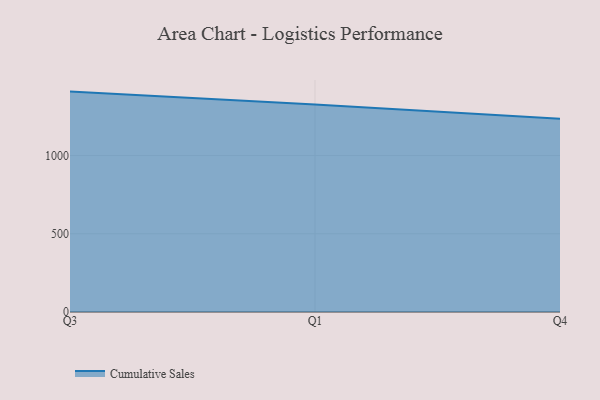
{"axis": {"x": "Quarter", "y": "Backlog"}, "legend": ["Cumulative Sales"], "data": [{"x": "Q3", "y": 1408.7, "type": "Cumulative Sales"}, {"x": "Q1", "y": 1326.1, "type": "Cumulative Sales"}, {"x": "Q4", "y": 1235.2, "type": "Cumulative Sales"}]}